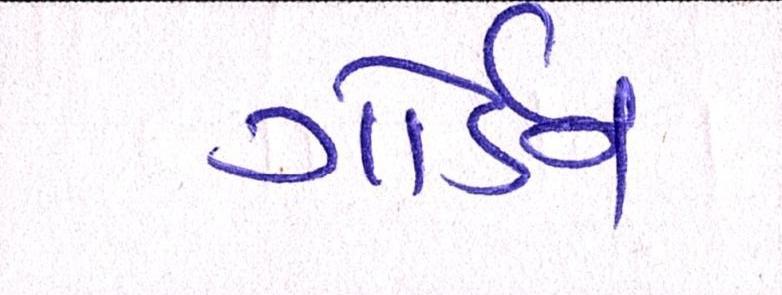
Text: ગોર્ડન